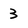
Character: 3